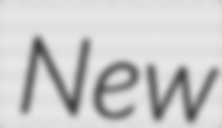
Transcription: New